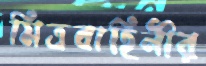
মিত্রবাহিনীর